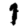
Digit: 1